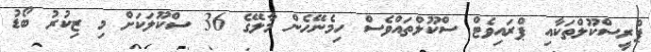
ޕްރީސްކޫލްތަކާއި ޕްރައިވެޓް ސްކޫލްތައްވެސް ހިމެނޭހެން މާލޭގެ 36 ސްކޫލަކަށް މި ޒިކުރު ބޯޑު